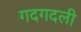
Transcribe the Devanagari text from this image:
गदगदली